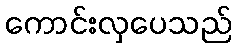
ကောင်းလှပေသည်